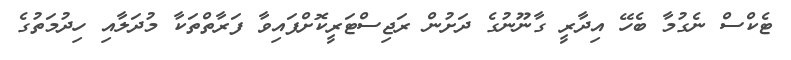
ޓެކްސް ނެގުމާ ބެހޭ އިދާރީ ގާނޫނުގެ ދަށުން ރަޖިސްޓަރީކޮށްފައިވާ ފަރާތްތަކާ މުދަލާއި ހިދުމަތުގެ